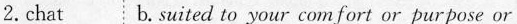
2.chat b.suited to your com fort or purpose or